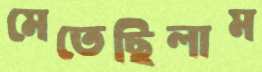
মেতেছিলাম